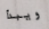
ويبدأ